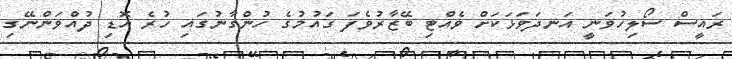
ރައީސް ސޯލިހުވަނީ އަނދަވަޅަކަށް ވެއްޓި ބޭޒާރުވެފަ ގައުމުގެ ހުންގާނުގައި ހުރެ އޮޑި ދުއްވަންނޭގި